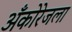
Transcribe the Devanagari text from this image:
अँकोरेजला